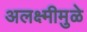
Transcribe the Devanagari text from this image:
अलक्ष्मीमुळे